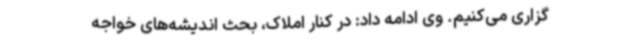
‌گزاری می‌کنیم. وی ادامه داد: در کنار املاک، بحث اندیشه‌های خواجه